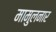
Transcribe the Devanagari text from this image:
मामुलनार